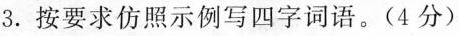
3.按要求仿照示例写四字词语。(4分)